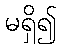
မရှိ၍